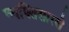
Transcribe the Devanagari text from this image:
व्यक्तिसारखे